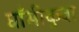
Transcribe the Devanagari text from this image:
घाँसीकुवा